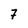
Character: 7